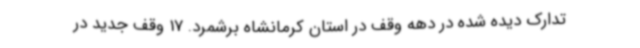
تدارک دیده شده در دهه وقف در استان کرمانشاه برشمرد. 17 وقف جدید در